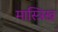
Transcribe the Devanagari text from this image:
मास्त्रिख